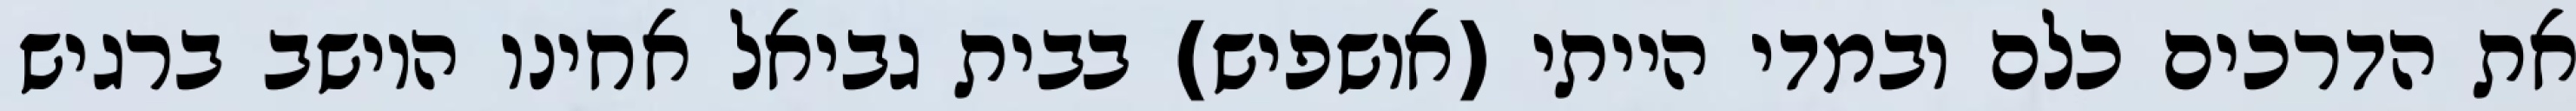
את הדרכים כלם ובמדי הייתי (אושפיש) בבית גביאל אחינו היושב ברגיש